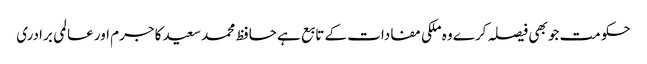
حکومت جو بھی فیصلہ کرے وہ ملکی مفادات کے تابع ہے	 حافظ محمد سعید کا جرم اور عالمی برادری